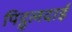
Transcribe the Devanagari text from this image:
पिट्ठूलदाई